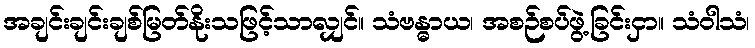
အချင်းချင်းချစ်မြတ်နိုးသဖြင့်သာလျှင်။ သံဗန္ဓာယ၊ အစဉ်စပ်ဖွဲ့ခြင်းငှာ။ သံဝါသံ၊